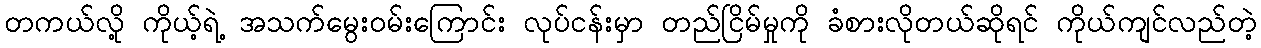
တကယ်လို့ ကိုယ့်ရဲ့ အသက်မွေးဝမ်းကြောင်း လုပ်ငန်းမှာ တည်ငြိမ်မှုကို ခံစားလိုတယ်ဆိုရင် ကိုယ်ကျင်လည်တဲ့